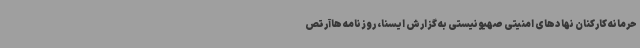
حرمانه کارکنان نهادهای امنیتی صهیونیستی به گزارش ایسنا، روزنامه هاآرتص